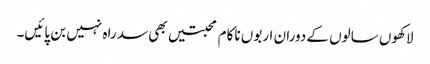
لاکھوں سالوں کے دوران اربوں ناکام محبتیں بھی سد راہ نہیں بن پائیں۔